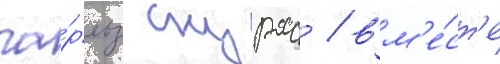
ча́рльз скурас / вм'е́ст'е